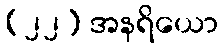
(၂၂) အနရိယော